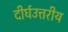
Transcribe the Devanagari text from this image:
दीर्घउत्तरीय